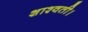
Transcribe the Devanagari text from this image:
शाश्वती।